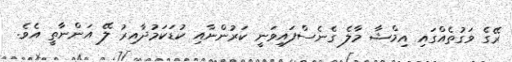
ރޭގެ ވަގުތެއްގައި އިމްޝާ މާލެ ގެނެސްފައިވަނީ ކަރުންނާއި ކުޑަކަމުދާއިރު ލޭ އަންނާތީ އެވެ.